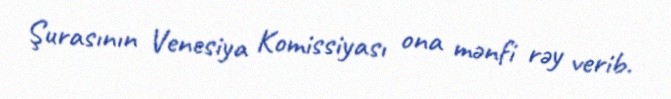
Şurasının Venesiya Komissiyası ona mənfi rəy verib.